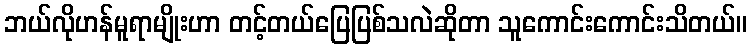
ဘယ်လိုဟန်မူရာမျိုးဟာ တင့်တယ်ပြေပြစ်သလဲဆိုတာ သူကောင်းကောင်းသိတယ်။